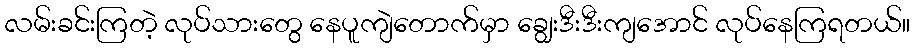
လမ်းခင်းကြတဲ့ လုပ်သားတွေ နေပူကျဲတောက်မှာ ချွေးဒီးဒီးကျအောင် လုပ်နေကြရတယ်။